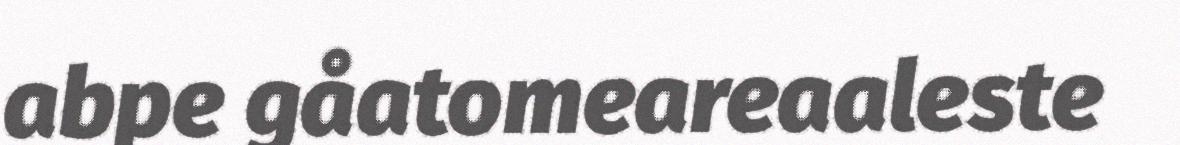
abpe gåatomeareaaleste